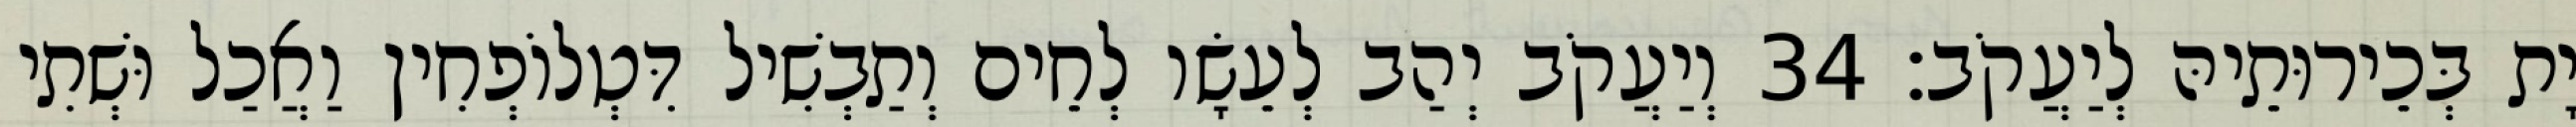
יָת בְּכֵירוּתֵיהּ לְיַעֲקֹב׃ 34 וְיַעֲקֹב יְהַב לְעֵשָׂו לְחֵים וְתַבְשִׁיל דִּטְלוֹפְחִין וַאֲכַל וּשְׁתִי